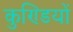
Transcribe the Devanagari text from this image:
कुण्डियों